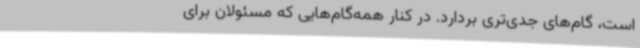
است، گام‌های جدی‌تری بردارد. در کنار همه‌گام‌هایی که مسئولان برای